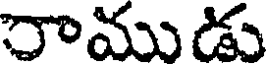
రాముడు